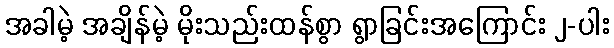
အခါမဲ့ အချိန်မဲ့ မိုးသည်းထန်စွာ ရွာခြင်းအကြောင်း ၂-ပါး